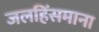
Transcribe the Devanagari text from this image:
जलहिंसमाना